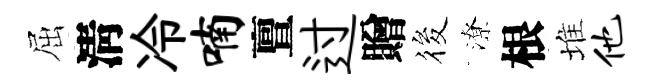
屈淸冷喃亶过贈筱潦根堆他